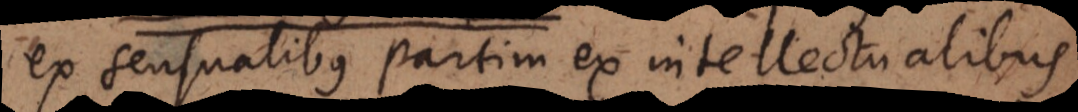
ex sensualibus partim ex intellectualibus